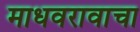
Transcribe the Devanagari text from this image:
माधवरावाचा